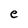
Character: e